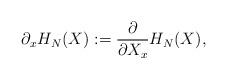
LaTeX: \begin{align*}\partial_x H_N(X):= \frac{\partial}{\partial X_x} H_N(X), \end{align*}